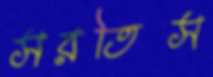
সরতিস